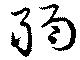
弱